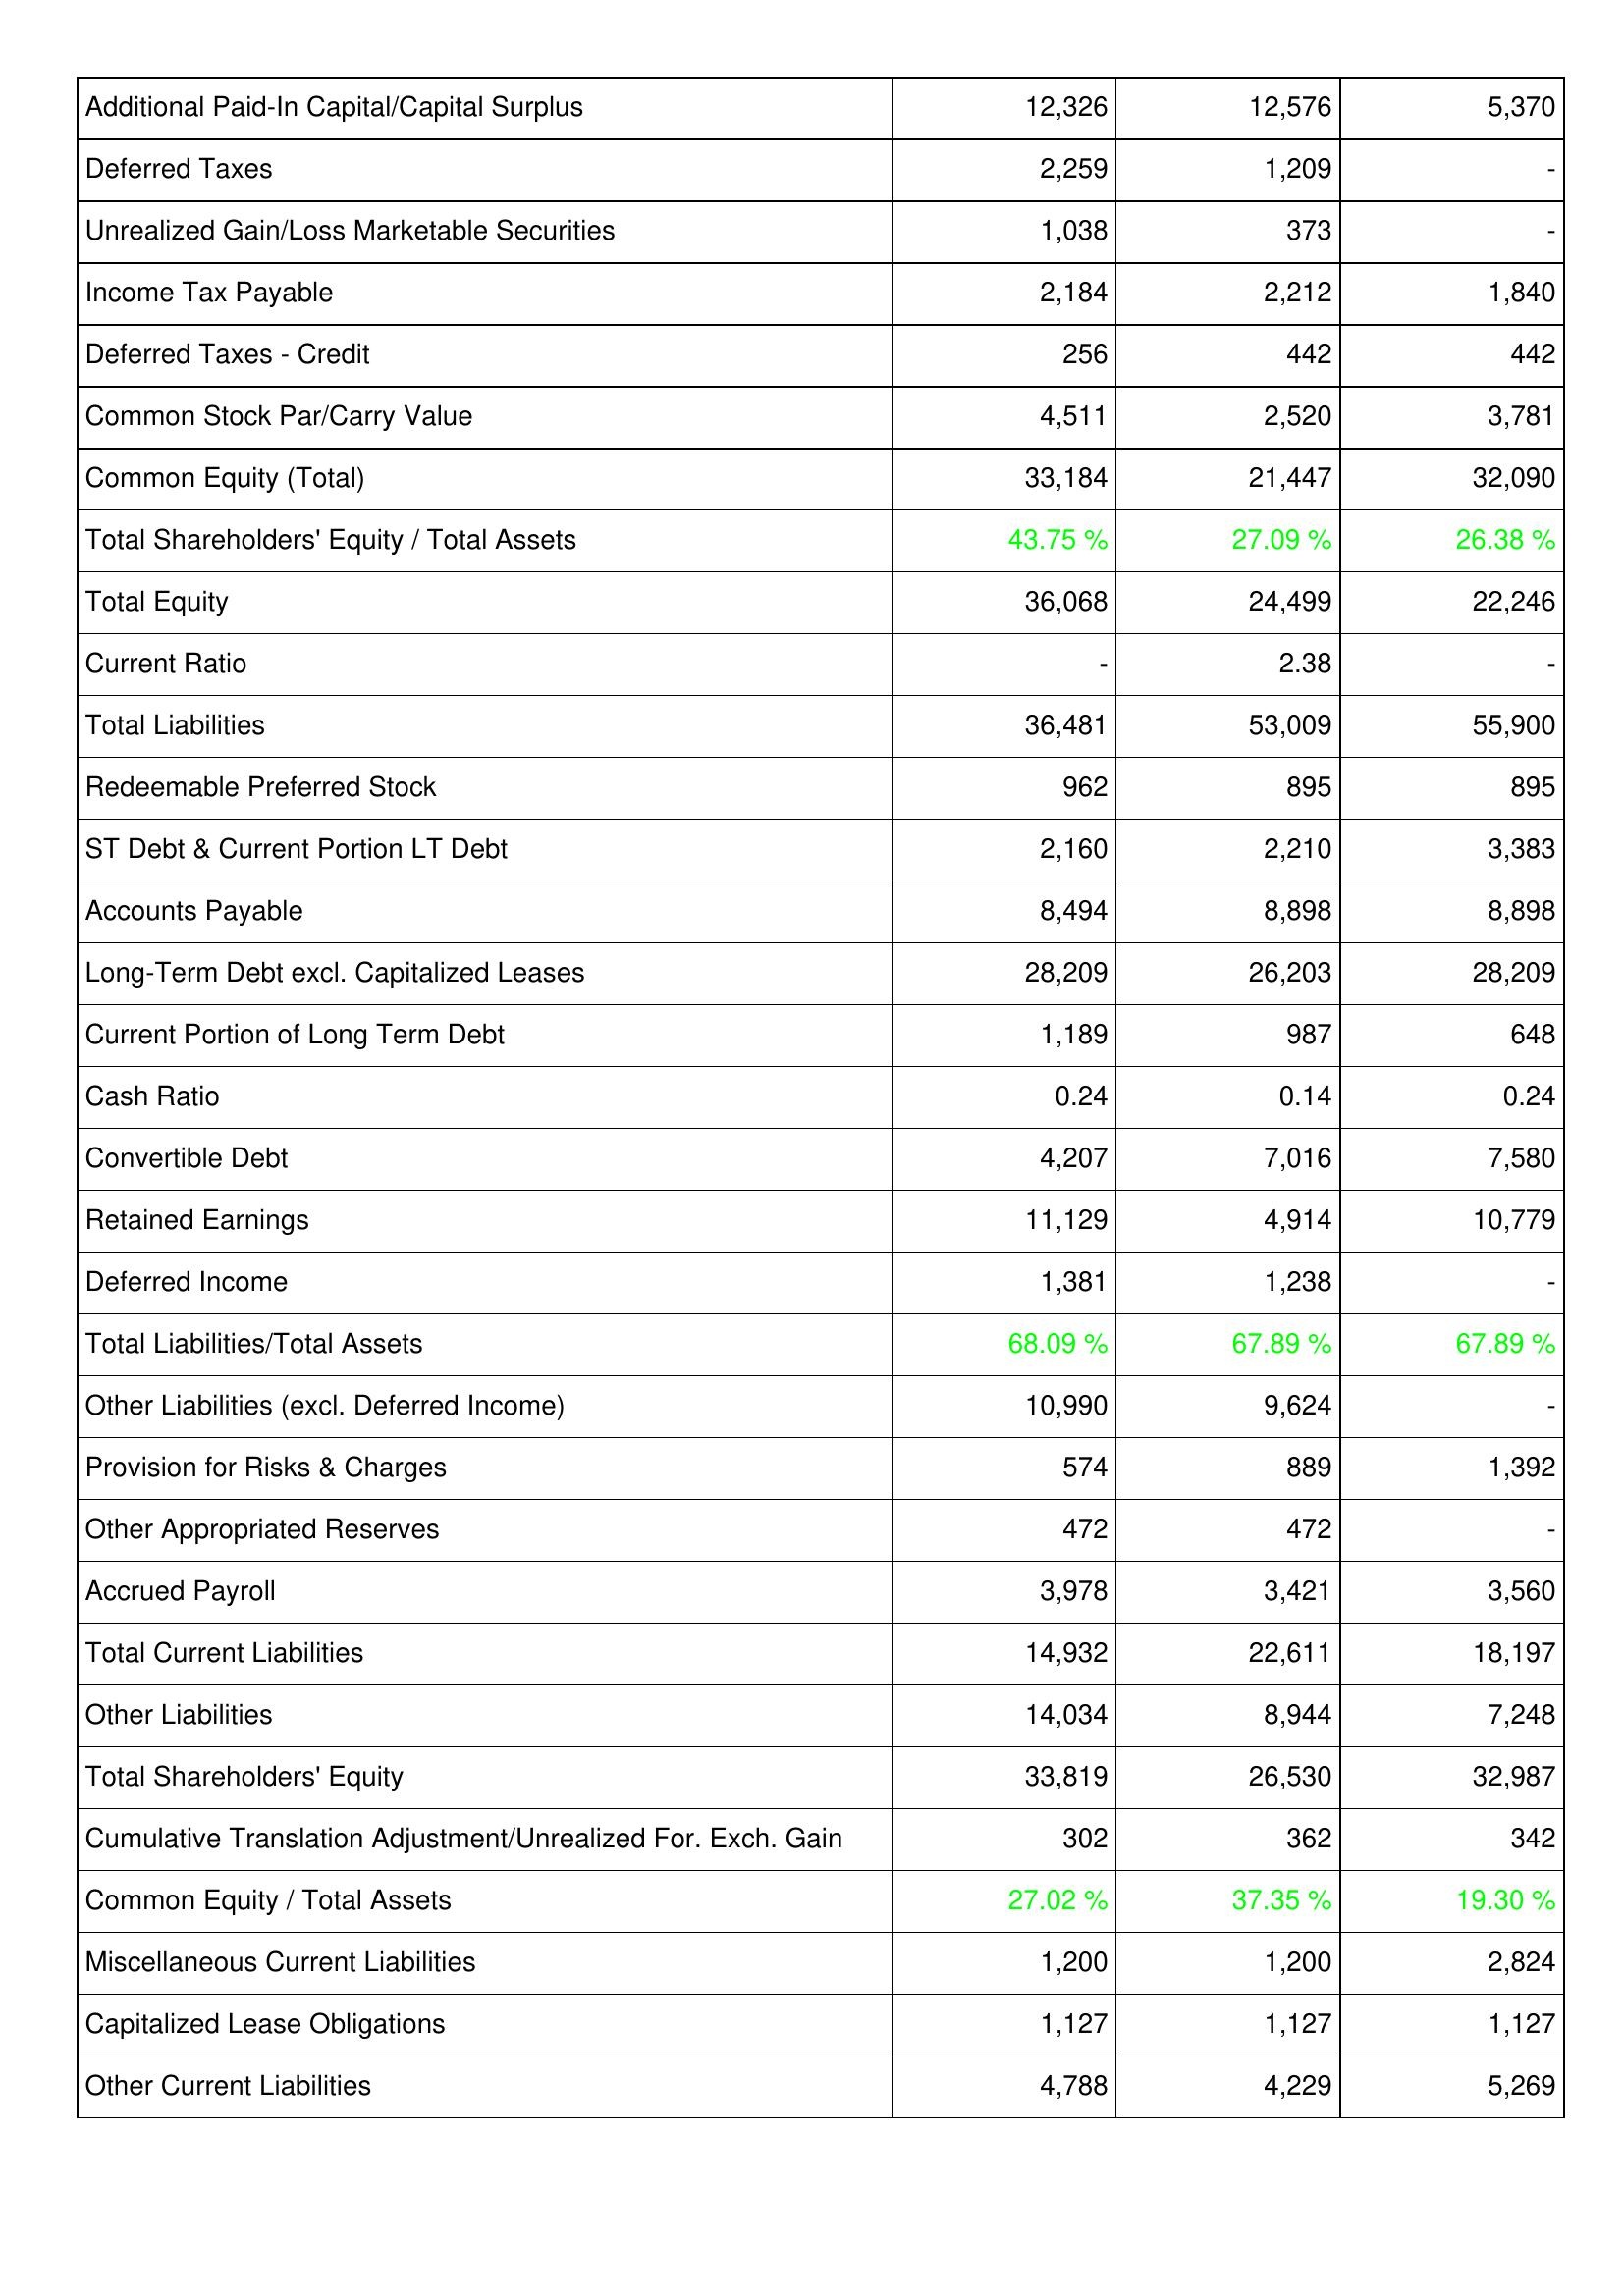
2014: Liabilities & Shareholders' Equity: Additional Paid-In Capital/Capital Surplus: 12,326
Deferred Taxes: 2,259
Unrealized Gain/Loss Marketable Securities: 1,038
Income Tax Payable: 2,184
Deferred Taxes - Credit: 256
Common Stock Par/Carry Value: 4,511
Common Equity (Total): 33,184
Total Shareholders' Equity / Total Assets: 43.75 %
Total Equity: 36,068
Current Ratio: -
Total Liabilities: 36,481
Redeemable Preferred Stock: 962
ST Debt & Current Portion LT Debt: 2,160
Accounts Payable: 8,494
Long-Term Debt excl. Capitalized Leases: 28,209
Current Portion of Long Term Debt: 1,189
Cash Ratio: 0.24
Convertible Debt: 4,207
Retained Earnings: 11,129
Deferred Income: 1,381
Total Liabilities/Total Assets: 68.09 %
Other Liabilities (excl. Deferred Income): 10,990
Provision for Risks & Charges: 574
Other Appropriated Reserves: 472
Accrued Payroll: 3,978
Total Current Liabilities: 14,932
Other Liabilities: 14,034
Total Shareholders' Equity: 33,819
Cumulative Translation Adjustment/Unrealized For. Exch. Gain: 302
Common Equity / Total Assets: 27.02 %
Miscellaneous Current Liabilities: 1,200
Capitalized Lease Obligations: 1,127
Other Current Liabilities: 4,788
2013: Liabilities & Shareholders' Equity: Additional Paid-In Capital/Capital Surplus: 12,576
Deferred Taxes: 1,209
Unrealized Gain/Loss Marketable Securities: 373
Income Tax Payable: 2,212
Deferred Taxes - Credit: 442
Common Stock Par/Carry Value: 2,520
Common Equity (Total): 21,447
Total Shareholders' Equity / Total Assets: 27.09 %
Total Equity: 24,499
Current Ratio: 2.38
Total Liabilities: 53,009
Redeemable Preferred Stock: 895
ST Debt & Current Portion LT Debt: 2,210
Accounts Payable: 8,898
Long-Term Debt excl. Capitalized Leases: 26,203
Current Portion of Long Term Debt: 987
Cash Ratio: 0.14
Convertible Debt: 7,016
Retained Earnings: 4,914
Deferred Income: 1,238
Total Liabilities/Total Assets: 67.89 %
Other Liabilities (excl. Deferred Income): 9,624
Provision for Risks & Charges: 889
Other Appropriated Reserves: 472
Accrued Payroll: 3,421
Total Current Liabilities: 22,611
Other Liabilities: 8,944
Total Shareholders' Equity: 26,530
Cumulative Translation Adjustment/Unrealized For. Exch. Gain: 362
Common Equity / Total Assets: 37.35 %
Miscellaneous Current Liabilities: 1,200
Capitalized Lease Obligations: 1,127
Other Current Liabilities: 4,229
2012: Liabilities & Shareholders' Equity: Additional Paid-In Capital/Capital Surplus: 5,370
Deferred Taxes: -
Unrealized Gain/Loss Marketable Securities: -
Income Tax Payable: 1,840
Deferred Taxes - Credit: 442
Common Stock Par/Carry Value: 3,781
Common Equity (Total): 32,090
Total Shareholders' Equity / Total Assets: 26.38 %
Total Equity: 22,246
Current Ratio: -
Total Liabilities: 55,900
Redeemable Preferred Stock: 895
ST Debt & Current Portion LT Debt: 3,383
Accounts Payable: 8,898
Long-Term Debt excl. Capitalized Leases: 28,209
Current Portion of Long Term Debt: 648
Cash Ratio: 0.24
Convertible Debt: 7,580
Retained Earnings: 10,779
Deferred Income: -
Total Liabilities/Total Assets: 67.89 %
Other Liabilities (excl. Deferred Income): -
Provision for Risks & Charges: 1,392
Other Appropriated Reserves: -
Accrued Payroll: 3,560
Total Current Liabilities: 18,197
Other Liabilities: 7,248
Total Shareholders' Equity: 32,987
Cumulative Translation Adjustment/Unrealized For. Exch. Gain: 342
Common Equity / Total Assets: 19.30 %
Miscellaneous Current Liabilities: 2,824
Capitalized Lease Obligations: 1,127
Other Current Liabilities: 5,269